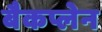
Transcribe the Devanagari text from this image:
बैकप्लेन